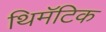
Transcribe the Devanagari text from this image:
थिमॅटिक